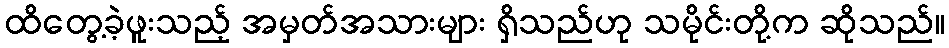
ထိတွေ့ခဲ့ဖူးသည့် အမှတ်အသားများ ရှိသည်ဟု သမိုင်းတို့က ဆိုသည်။